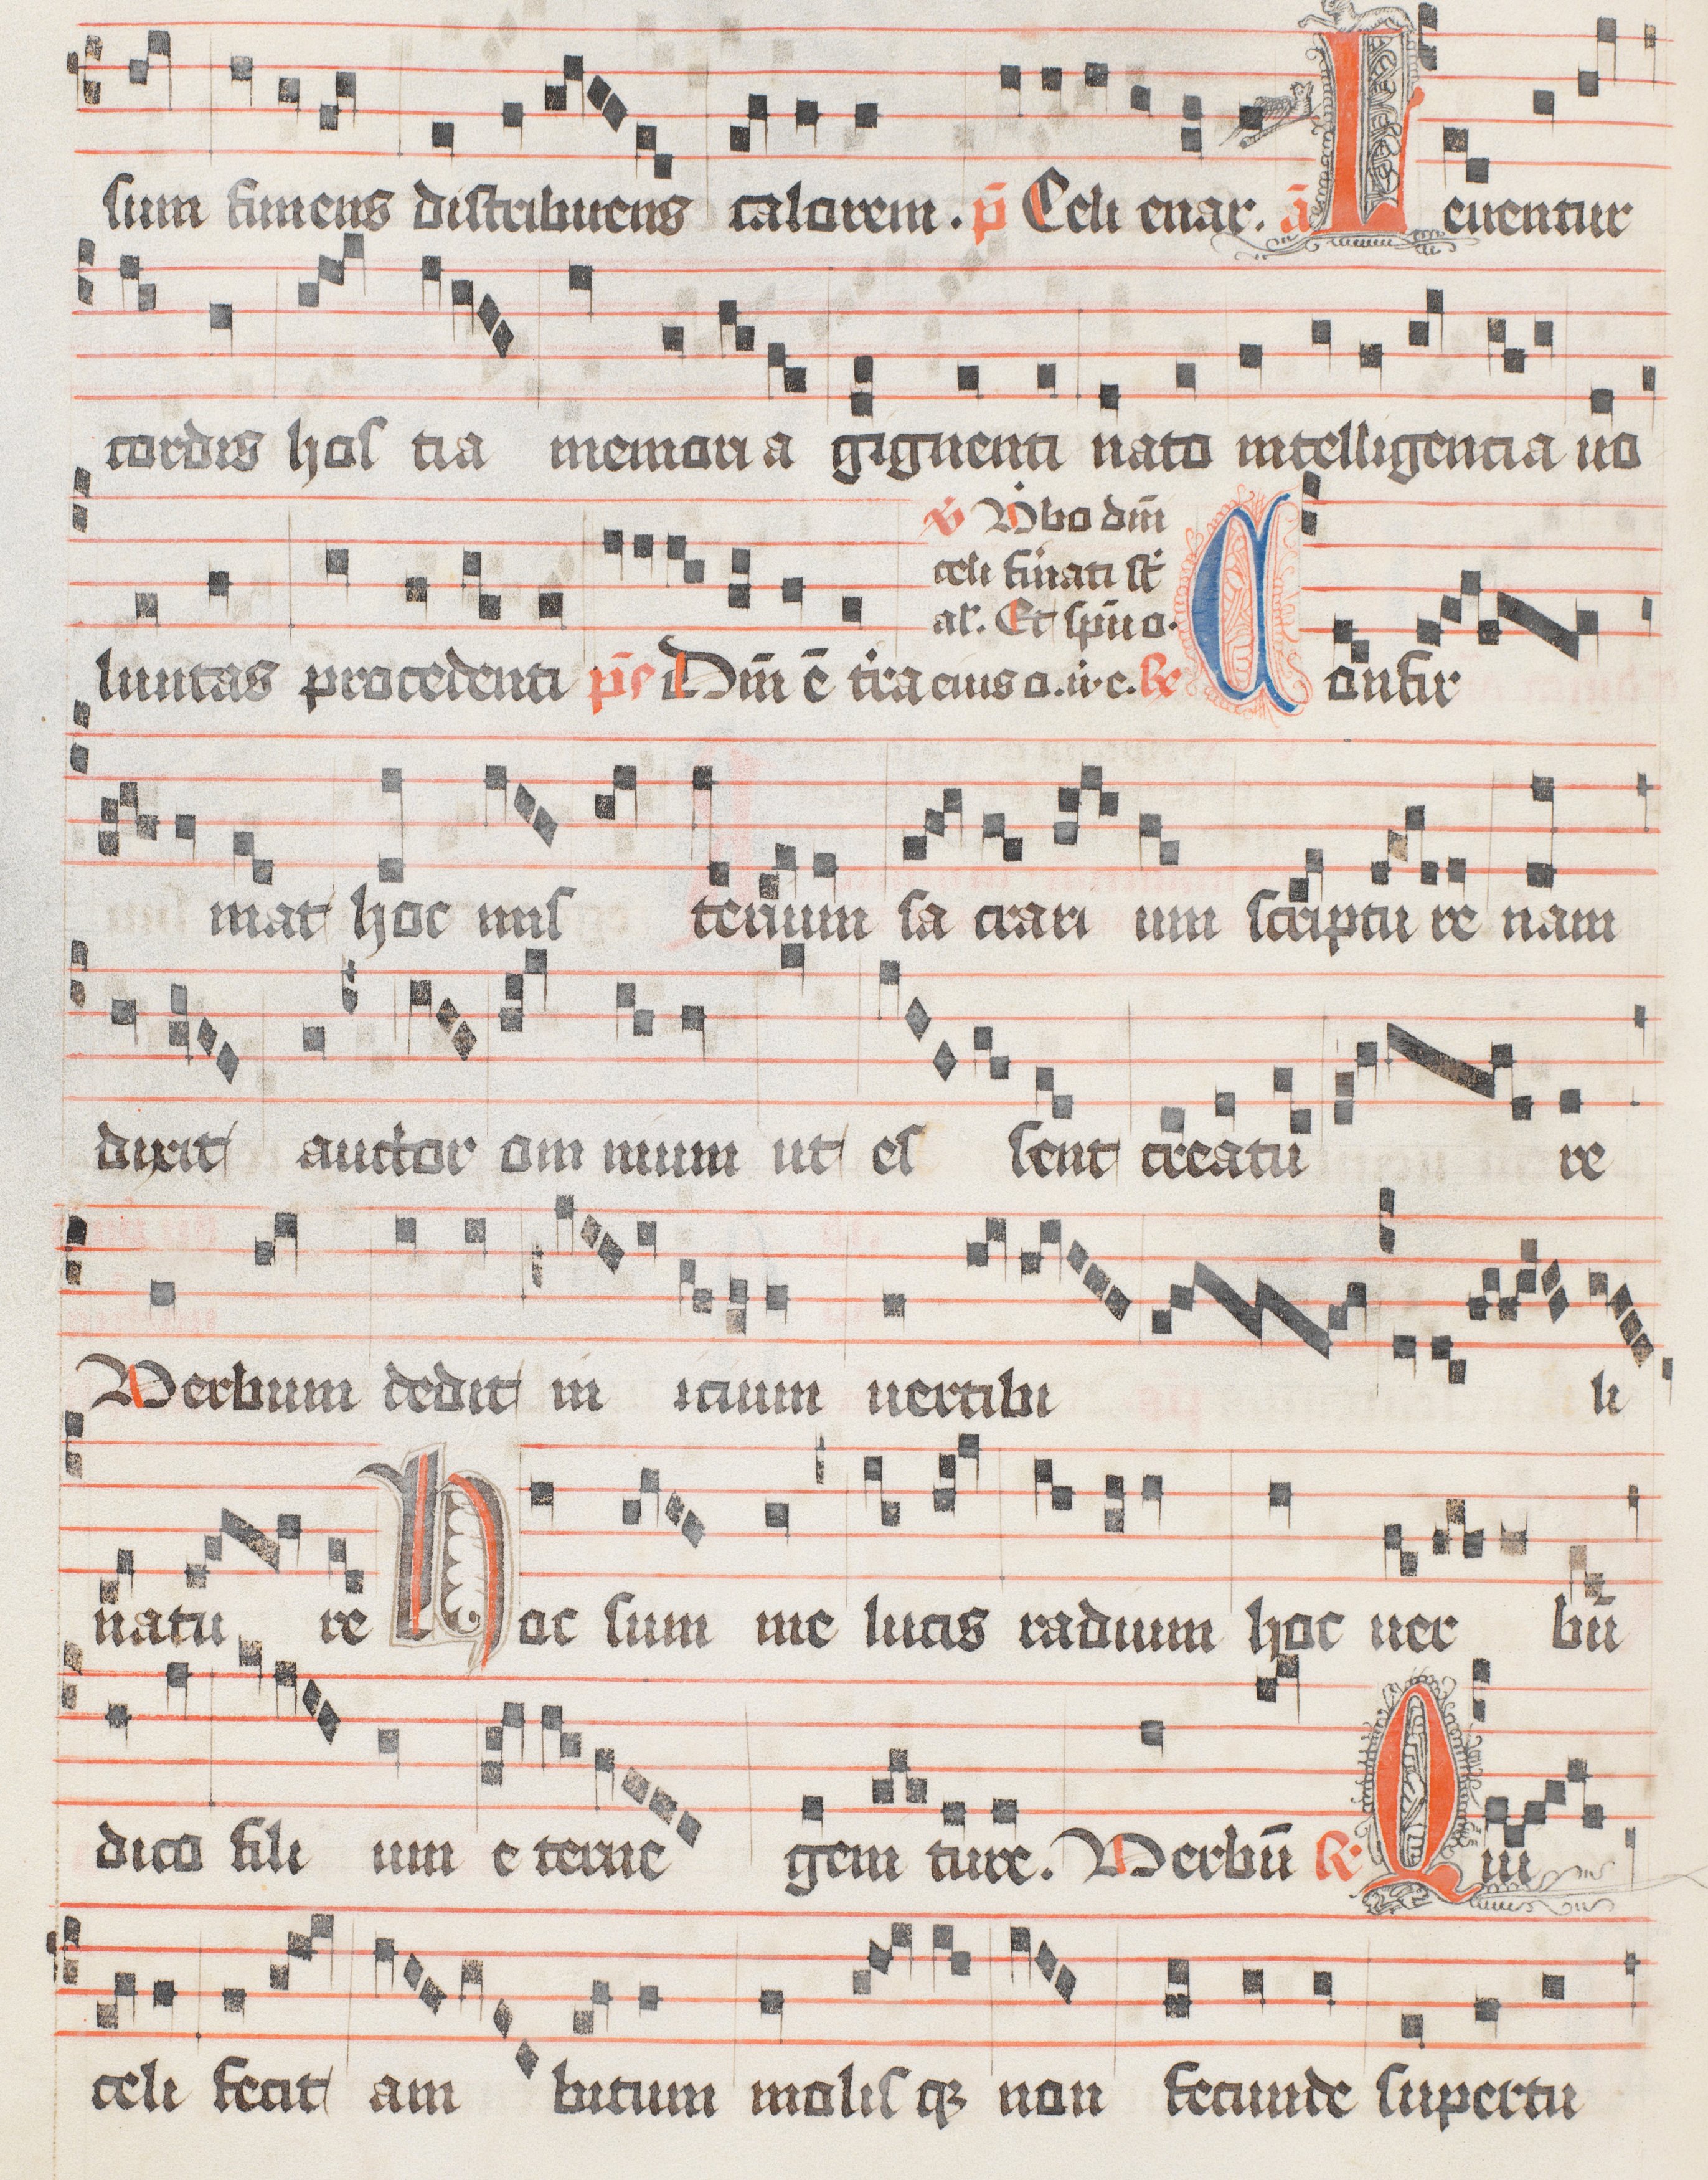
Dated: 1488–1488